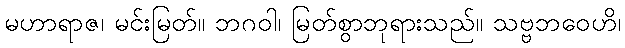
မဟာရာဇ၊ မင်းမြတ်။ ဘဂဝါ၊ မြတ်စွာဘုရားသည်။ သဗ္ဗဘဝေဟိ၊